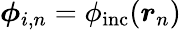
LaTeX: \boldsymbol{\phi}_{i,n}=\phi_{\mathrm{inc}}(\boldsymbol{r}_{n})